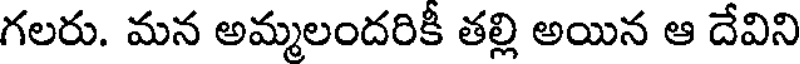
గలరు. మన అమ్మలందరికీ తల్లి అయిన ఆ దేవిని